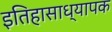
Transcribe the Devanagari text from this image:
इतिहासाध्यापक